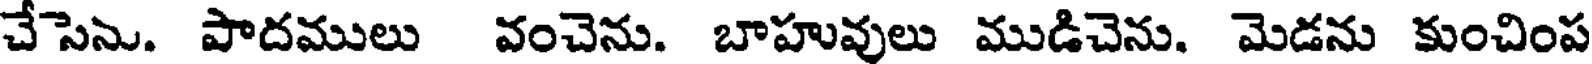
చేసెను. పాదములు వంచెను. బాహువులు ముడిచెను. మెడను కుంచింప